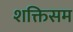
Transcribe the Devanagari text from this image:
शक्तिसम